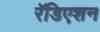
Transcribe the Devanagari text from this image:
रॅडिएशन